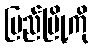
ပြည်မြို့ကို